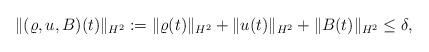
LaTeX: \begin{align*}\|(\varrho, u, B)(t)\|_{H^2}:=\|\varrho(t)\|_{H^2}+\|u(t)\|_{H^2}+\| B(t)\|_{H^2} \le \delta,\end{align*}